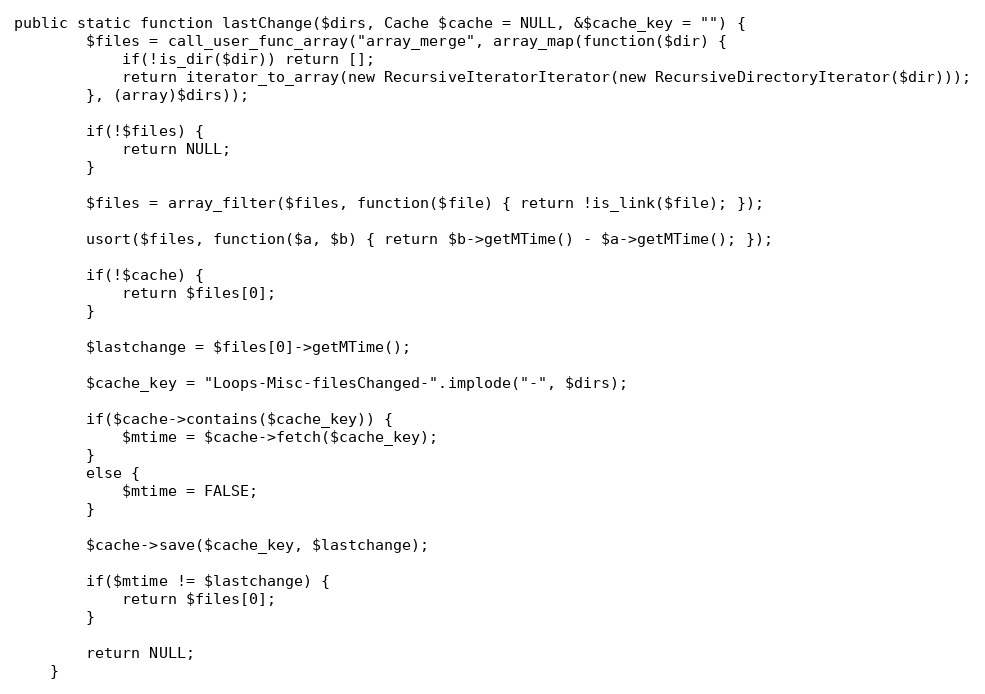
Language: PHP
public static function lastChange($dirs, Cache $cache = NULL, &$cache_key = "") {
        $files = call_user_func_array("array_merge", array_map(function($dir) {
            if(!is_dir($dir)) return [];
            return iterator_to_array(new RecursiveIteratorIterator(new RecursiveDirectoryIterator($dir)));
        }, (array)$dirs));

        if(!$files) {
            return NULL;
        }

        $files = array_filter($files, function($file) { return !is_link($file); });

        usort($files, function($a, $b) { return $b->getMTime() - $a->getMTime(); });

        if(!$cache) {
            return $files[0];
        }

        $lastchange = $files[0]->getMTime();

        $cache_key = "Loops-Misc-filesChanged-".implode("-", $dirs);

        if($cache->contains($cache_key)) {
            $mtime = $cache->fetch($cache_key);
        }
        else {
            $mtime = FALSE;
        }

        $cache->save($cache_key, $lastchange);

        if($mtime != $lastchange) {
            return $files[0];
        }

        return NULL;
    }